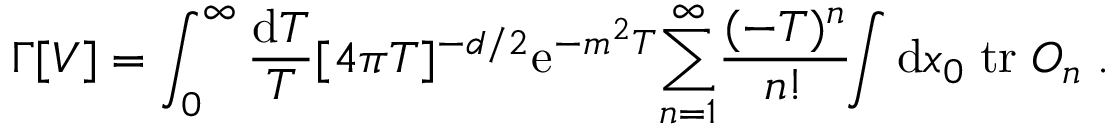
\Gamma [ V ] = \int _ { 0 } ^ { \infty } { \frac { \mathrm { d } T } { T } } [ 4 \pi T ] ^ { - d / 2 } \mathrm { e } ^ { - m ^ { 2 } T } { \sum _ { n = 1 } ^ { \infty } } { \frac { ( - T ) ^ { n } } { n ! } } \! \! \int \mathrm { d } x _ { 0 } \; \mathrm { t r } \; O _ { n } \; .